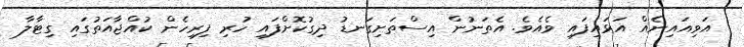
އަވިއައިނެއް އަަޅައިފައި ވެއެވެ. އެތަނުން އިސްތަށިގަނޑު ދިގުކޮށްފައި ހުރި ފިރިހެން ކުއްޖާއަތުގައި ގިޓާލާ